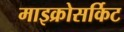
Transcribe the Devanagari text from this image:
माइक्रोसर्किट